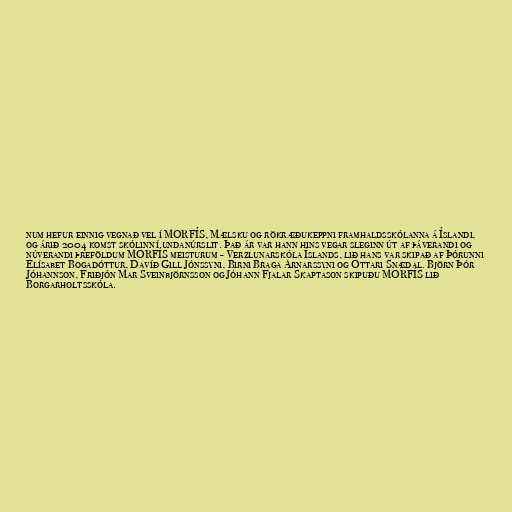
num hefur einnig vegnað vel í MORFÍS, Mælsku og rökræðukeppni framhaldsskólanna á Íslandi,
og árið 2004 komst skólinn í undanúrslit. Það ár var hann hins vegar sleginn út af þáverandi og
núverandi þreföldum MORFÍS meisturum - Verzlunarskóla Íslands, lið hans var skipað af Þórunni
Elísabet Bogadóttur, Davíð Gill Jónssyni, Birni Braga Arnarssyni og Óttari Snædal. Björn Þór
Jóhannson, Friðjón Mar Sveinbjörnsson og Jóhann Fjalar Skaptason skipuðu MORFÍS lið
Borgarholtsskóla.